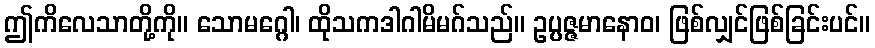
ဤကိလေသာတို့ကို။ သောမဂ္ဂေါ၊ ထိုသကဒါဂါမိမဂ်သည်။ ဥပ္ပဇ္ဇမာနောဝ၊ ဖြစ်လျှင်ဖြစ်ခြင်းပင်။